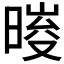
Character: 𣉀